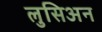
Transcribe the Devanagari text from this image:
लुसिअन